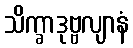
သိက္ခာဒုဗ္ဗလျာနံ